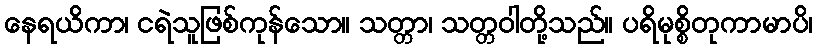
နေရယိကာ၊ ငရဲသူဖြစ်ကုန်သော။ သတ္တာ၊ သတ္တဝါတို့သည်။ ပရိမုစ္စိတုကာမာပိ၊